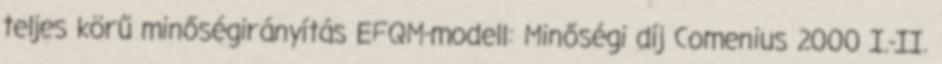
teljes körű minőségirányítás EFQM-modell: Minőségi díj Comenius 2000 I.-II.